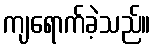
ကျရောက်ခဲ့သည်။